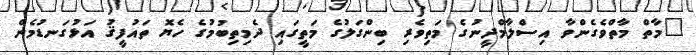
"މާތް މާތްވެގެންވާ އިސްލާމްދީނުގެ މަތިވެރި ބިންގަލުގެ މަތީގައި ދެމިތިބުމުގެ ހެޔޮ ތައުފީޤު އަޅުގަނޑުމެން